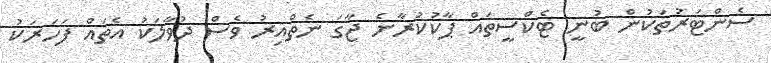
ސެންޓަރުތަކުން ބުނީ ޓެކްސީތައް ޕާކުކުރާނެ ޖާގަ ނެތްއިރު ވެސް ދުވާލަކު އެތައް ފަހަރަކު